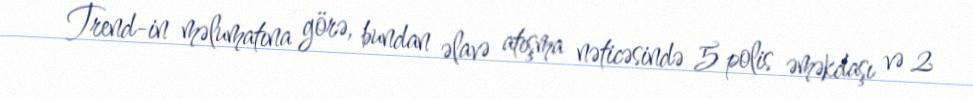
Trend-in məlumatına görə, bundan əlavə atışma nəticəsində 5 polis əməkdaşı və 2